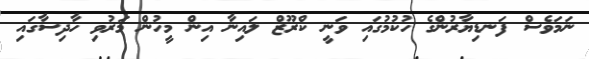
ނަމަވެސް ފަނޑިޔާރުންގެ ހުކުމުގައި ވަނީ ކްރޫޒް ލައިނާ އިން މީހުން މަރުވި ހާދިސާގައި